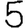
Digit: 5